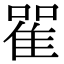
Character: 𨾴